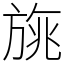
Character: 旐